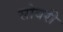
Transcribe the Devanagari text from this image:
सोवरी